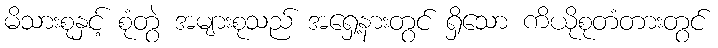
မိသားစုနှင့် စုံတွဲ အများစုသည် အရှေ့နားတွင် ရှိသော ကိယိုစုတံတားတွင်